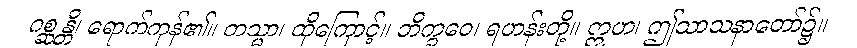
ဂစ္ဆန္တိ၊ ရောက်ကုန်၏။ တသ္မာ၊ ထိုကြောင့်။ ဘိက္ခဝေ၊ ရဟန်းတို့။ ဣဟ၊ ဤသာသနာတော်၌။